Report of the Indian Hemp Drugs Commission, 1894-1895 - Volume VII
Year: 1894
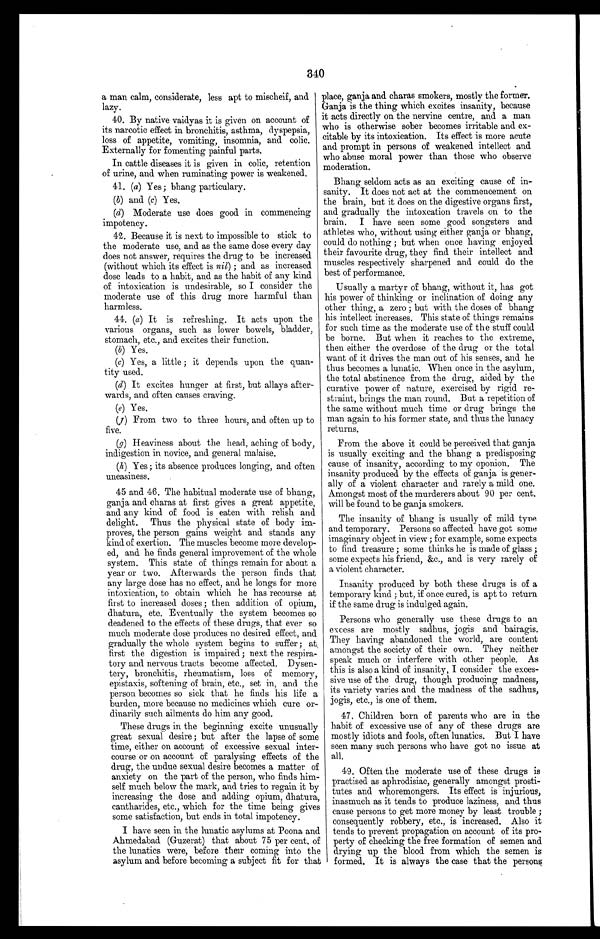
340
a man calm, considerate, less apt to mischeif, and
lazy.
40. By native vaidyas it is given on account of
its narcotic effect in bronchitis, asthma, dyspepsia,
loss of appetite, vomiting, insomnia, and colic.
Externally for fomenting painful parts.
In cattle diseases it is given in colic, retention
of urine, and when ruminating power is weakened.
41. (a) Yes ; bhang particulary.
(b) and (c) Yes.
(d) Moderate use does good in commencing
impotency.
41. Because it is next to impossible to stick to
the moderate use, and as the same dose every day
does not answer, requires the drug to be increased
(without which its effect is nil) ; and as increased
dose leads to a habit, and as the habit of any kind
of intoxication is undesirable, so I consider the
moderate use of this drug more harmful than
harmless.
44. (a) It is refreshing. It acts upon the
various organs, such as lower bowels, bladder,
stomach, etc., and excites their function.
(b)Yes.
(c)Yes, a little ; it depends upon the quan-
tity used.
(d)It excites hunger at first, but allays after-
wards, and often causes craving.
(e)Yes.
(j ) From two to three hours, and often up to
five.
(g) Heaviness about the head, aching of body,
indigestion in novice, and general malaise.
(h) Yes ; its absence produces longing, and often
uneasiness.
45 and 46. The habitual moderate use of bhang,
ganja and charas at first gives a great appetite,
and any kind of food is eaten with relish and
delight. Thus the physical state of body im-
proves, the person gains weight and stands any
kind of exertion. The muscles become more develop-
ed, and he finds general improvement of the whole
system. This state of things remain for about a
year or two. Afterwards the person finds that
any large dose has no effect, and he longs for more
intoxication, to obtain which he has recourse at
first to increased doses ; then addition of opium,
dhatura, etc. Eventually the system becomes so
deadened to the effects of these drugs, that ever so
much moderate dose produces no desired effect, and
gradually the whole system begins to suffer ; at.,
first the digestion is impaired; next the respira-
tory and nervous tracts become affected. Dysen-
tery, bronchitis, rheumatism, loss of memory,
epistaxis, softening of brain, etc., set in, and the
person becomes so sick that he finds his life a
burden, more because no medicines which cure or-
dinarily such ailments do him any good.
These drugs in the beginning excite unusually
great sexual desire ; but after the lapse of some
time, either on account of excessive sexual inter-
course or on account of paralysing effects of the
drug, the undue sexual desire becomes a matter of
anxiety on the part of the person, who finds him-
self much below the mark, and tries to regain it by
increasing the dose and adding opium, dhatura,
cantharides, etc., which for the time being gives
some satisfaction, but ends in total impotency.
I have seen in the lunatic asylums at Poona and
Ahmedabad (Guzerat) that about 75 per cent. of
the lunatics were, before their coming into the
asylum and before becoming a subject fit for that
place ganja and charas smokers, mostly the former.
G a n j a i s t h e t h i n g w h i c h e x c i t e s i n s a n i t y , b e c a u s e
i t a c t s d i r e c t l y o n t h e n e r v i n e c e n t r e , a n d a m a n
who is otherwise sober becomes irritable and ex
c i t a b l e b y i t s i n t o x i c a t i o n . I t s e f f e c t i s m o r e a c u t e
and prompt in persons of weakened intellect and
who abuse moral power than those who observe
moderation.
Bhang seldom acts as an exciting cause of in-
s a n i t y . I t d o e s n o t a c t a t t h e c o m m e n c e m e n t o n
t h e b r a i n , b u t i t d o e s o n t h e d i g e s t i v e o r g a n s f i r s t ,
Ind gradually the intoxcation travels on to the
b r a i n . I h a v e s e e n s o m e g o o d s o n g s t e r s a n d
a t h l e t e s w h o , w i t h o u t u s i n g e i t h e r g a n j a o r b h a n g ,
c o u 1 d d o n o t h i n g ; b u t w h e n o n c e h a v i n g e n j o y e d
their favourite drug, they find their intellect and
muscles respectively sharpened and could do the
best of performance.
Usually a martyr of bhang, without it, has got
his power of thinking or inclination of doing any
other thing, a zero ; but with the doses of bhang
his intellect increases. This state of things remains
for such time as the moderate use of the stuff could
be borne. But when it reaches to the extreme,
then either the overdose of the drug or the total
want of it drives the man out of his senses, and he
thus becomes a lunatic. When once in the asylum,
the total abstinence from the drug, aided by the
curative power of nature, exercised by rigid re-
straint, brings the man round. But a repetition of
the same without much time or drug brings the
man again to his former state, and thus the lunacy
returns.
From the above it could be perceived that ganja
is usually exciting and the bhang a predisposing
cause of insanity, according to my oponion. The
insanity produced by the effects of ganja is gener-
ally of a violent character and rarely a mild one.
Amongst most of the murderers about 90 per cent.
will be found to be ganja smokers.
The insanity of bhang is usually of mild type
and temporary. Persons so affected have got some
imaginary object in view ; for example, some expects
to find treasure ; some thinks he is made of glass ;
some expects his friend, &amp;c., and is very rarely of
a violent character.
Insanity produced by both these drugs is of a
temporary kind ; but, if once cured, is apt to return
if the same drug is indulged again.
Persons who generally use these drugs to an
excess are mostly sadhus, jogis and bairagis.
They having abandoned the world, are content
amongst the society of their own. They neither
speak much or interfere with other people. As
this is also a kind of insanity, I consider the exces-
sive use of the drug, though producing madness,
its variety varies and the madness of the sadhus,
jogis, etc., is one of them.
47. Children born of parents who are in the
habit of excessive use of any of these drugs are
mostly idiots and fools, often lunatics. But I have
seen many such persons who have got no issue at
all.
49. Often the moderate use of these drugs is
practised as aphrodisiac, generally amongst prosti-
tutes and whoremongers. Its effect is injurious,
inasmuch as it tends to produce laziness, and thus
cause persons to get more money by least trouble ;
consequently robbery, etc., is increased. Also it
tends to prevent propagation on account of its pro-
perty of checking the free formation of semen and
drying up the blood from which the semen is
formed. It is always the case that the persons